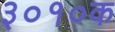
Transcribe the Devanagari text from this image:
३०१०क